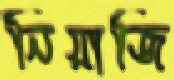
নিয়াজি